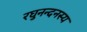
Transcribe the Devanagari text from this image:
रघुनन्दनस्य